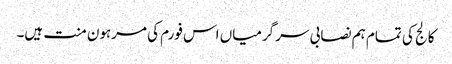
کالج کی تمام ہم نصابی سر گرمیاں اس فورم کی مرہون منت ہیں۔